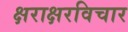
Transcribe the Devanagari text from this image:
क्षराक्षरविचार